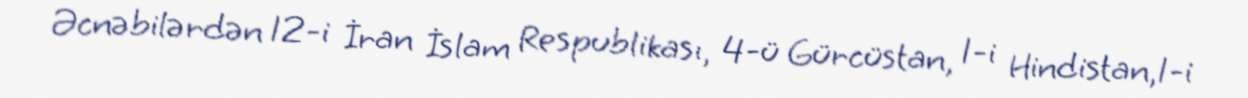
Əcnəbilərdən 12-i İran İslam Respublikası, 4-ü Gürcüstan, 1-i Hindistan,1-i